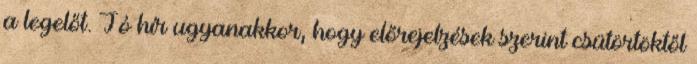
a legelőt. Jó hír ugyanakkor, hogy előrejelzések szerint csütörtöktől